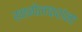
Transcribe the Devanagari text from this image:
खानोलकरांना